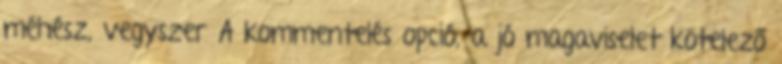
méhész, vegyszer A kommentelés opció, a jó magaviselet kötelező